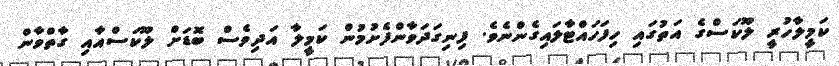
ކަމީލާހުރީ ލޫކަސްގެ އަތުގައި ހިފަހައްޓާލައިގެންނެވެ. ފިނިގަދަވާންފެށުމުން ކަމީލާ އަދިވެސް ބޮޑަށް ލޫކަސްއާއި ގާތްވާން